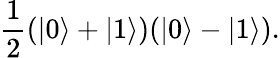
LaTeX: {\frac{1}{2}}(|0\rangle+|1\rangle)(|0\rangle-|1\rangle).